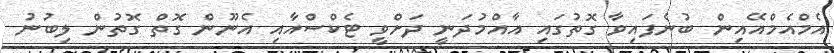
އެމްއެމްއޭއިން ބުނެފައިވާ ގޮތުގައި އާއްމުދަނީ ދަށްވީ ޓެކްސްއާއި އެނޫން ގޮތް ގޮތުން ލިބުނު